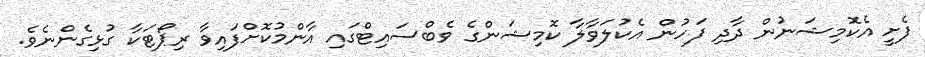
ފެށީ އެކޮމިޝަނުން ދާދި ފަހުން އެކުލަވާލާ ކޮމިޝަންގެ ވެބްސައިޓްގައި އާންމުކޮށްފައިވާ ރިޕޯޓަކާ ގުޅިގެންނެވެ.